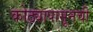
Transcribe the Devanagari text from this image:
कोठ्यापासूनची